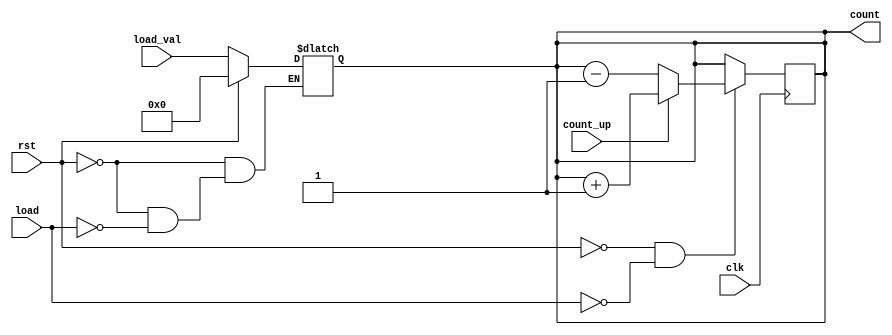
module async_load_counter (
    input wire clk,               // Clock signal
    input wire rst,               // Asynchronous reset
    input wire load,              // Asynchronous load signal
    input wire [3:0] load_val,    // Value to load into the counter
    input wire count_up,          // Count up control signal
    output reg [3:0] count        // Current count value
);

// Asynchronous reset and load logic
always @(*) begin
    if (rst) begin
        count = 4'b0000;          // Reset counter to zero
    end else if (load) begin
        count = load_val;         // Load specified value asynchronously
    end
end

// Synchronous counting logic
always @(posedge clk) begin
    if (!rst && !load) begin      // Only count if not resetting or loading
        if (count_up) begin
            count <= count + 1;   // Increment counter
        end else begin
            count <= count - 1;   // Decrement counter
        end
    end
end

endmodule